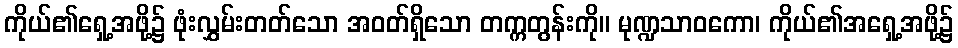
ကိုယ်၏ရှေ့အဖို့၌ ဖုံးလွှမ်းတတ်သော အဝတ်ရှိသော တက္ကတွန်းကို။ မုဏ္ဍသာဝကော၊ ကိုယ်၏အရှေ့အဖို့၌